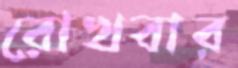
রোখবার